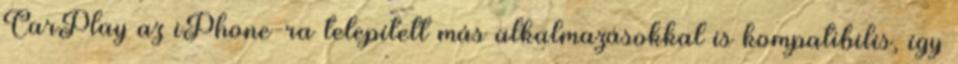
CarPlay az iPhone-ra telepített más alkalmazásokkal is kompatibilis, így